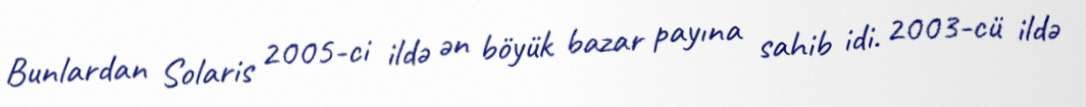
Bunlardan Solaris 2005-ci ildə ən böyük bazar payına sahib idi. 2003-cü ildə